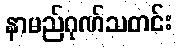
နာမည်ဂုဏ်သတင်း